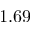
1 . 6 9